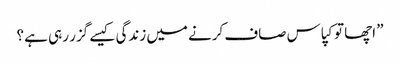
” اچھا تو کپاس صاف کرنے میں زندگی کیسے گزر رہی ہے ؟